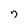
Character: 7